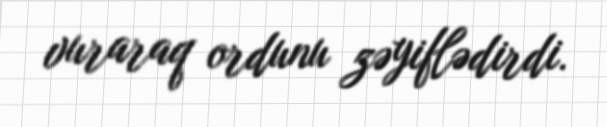
vuraraq ordunu zəyiflədirdi.